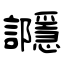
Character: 讔